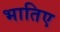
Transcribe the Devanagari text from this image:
भातिए